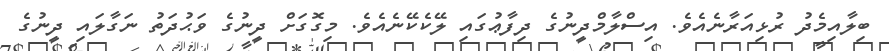
ބިލާއިމެދު ރުޅިއަރާނެއެވެ. އިސްލާމްދީނުގެ ދިފާޢުގައި ލޭކެކޭނެއެވެ. މިގޮގަށް ދީނުގެ ވަޙުދަތު ނަގާލައި ދީނުގެ